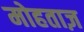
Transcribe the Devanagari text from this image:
मोहताज़